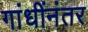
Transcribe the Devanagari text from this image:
गांधींनंतर